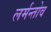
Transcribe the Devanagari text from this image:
लर्मन्तोव